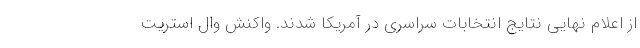
از اعلام نهایی نتایج انتخابات سراسری در آمریکا شدند. واکنش وال استریت